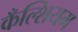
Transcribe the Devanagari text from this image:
कँल्शियम